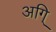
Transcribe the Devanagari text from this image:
अगि्